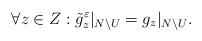
LaTeX: \begin{align*}\forall z \in Z: \tilde g^{\varepsilon}_{z}|_{N \setminus U} = g_{z}|_{N \setminus U}.\end{align*}